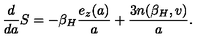
{ \frac { d } { d a } } S = - { \beta _ { H } } { \frac { e _ { z } ( a ) } { a } } + { \frac { 3 n ( { \beta _ { H } } , v ) } { a } } .